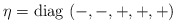
\begin{align*}\eta= \mbox{diag} \, \left( -,-,+,+,+ \right) \end{align*}